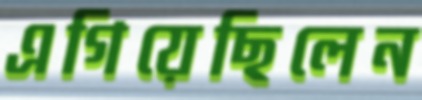
এগিয়েছিলেন